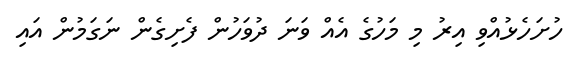
ހުށަހެޅުއްވި އިރު މި މަހުގެ އެއް ވަނަ ދުވަހުން ފެށިގެން ނަގަމުން އައި